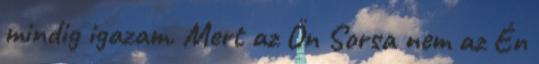
mindig igazam. Mert az Ön Sorsa nem az Én